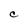
Character: C